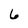
Character: 6